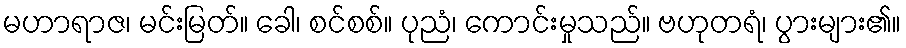
မဟာရာဇ၊ မင်းမြတ်။ ခေါ၊ စင်စစ်။ ပုညံ၊ ကောင်းမှုသည်။ ဗဟုတရံ၊ ပွားများ၏။